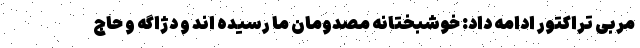
مربی تراکتور ادامه داد: خوشبختانه مصدومان ما رسیده اند و دژاگه و حاج